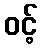
ဝင့်